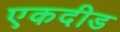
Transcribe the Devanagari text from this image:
एकदीड